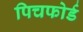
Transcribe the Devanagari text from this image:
पिचफोर्ड